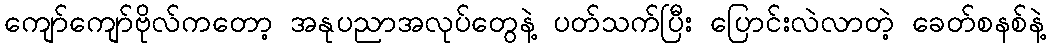
ကျော်ကျော်ဗိုလ်ကတော့ အနုပညာအလုပ်တွေနဲ့ ပတ်သက်ပြီး ပြောင်းလဲလာတဲ့ ခေတ်စနစ်နဲ့